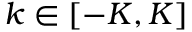
k \in [ - K , K ]